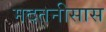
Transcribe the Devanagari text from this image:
मदतनीसास